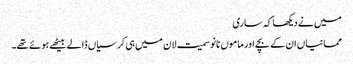
میں نے دیکھا کہ ساری
ممانیاں ان کے بچے اور ماموں نانو سمیت لان میں ہی کرسیاں ڈالے بیٹھے ہوئے تھے۔